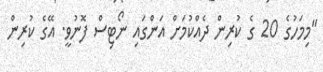
"މިމަހުގެ 20 ގެ ކުރިން ދެއްކުމަށް އަންގައި ނޯޓިސް ފޮނުވީ. އޭގެ ކުރިން